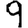
Digit: 9